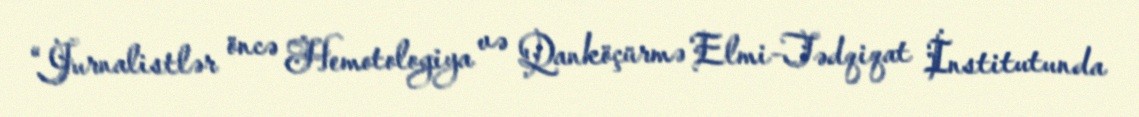
“Jurnalistlər öncə Hemotologiya və Qanköçürmə Elmi-Tədqiqat İnstitutunda